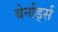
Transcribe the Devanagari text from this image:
बेर्नार्ड्स